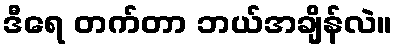
ဒီရေ တက်တာ ဘယ်အချိန်လဲ။